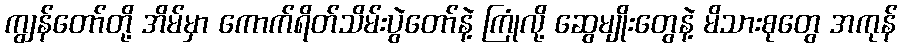
ကျွန်တော်တို့ အိမ်မှာ ကောက်ရိတ်သိမ်းပွဲတော်နဲ့ ကြုံလို့ ဆွေမျိုးတွေနဲ့ မိသားစုတွေ အကုန်